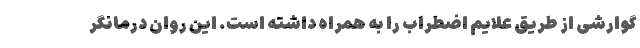
گوارشی از طریق علایم اضطراب را به همراه داشته است. این روان درمانگر